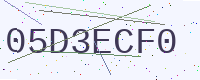
Text: 05D3ECF0